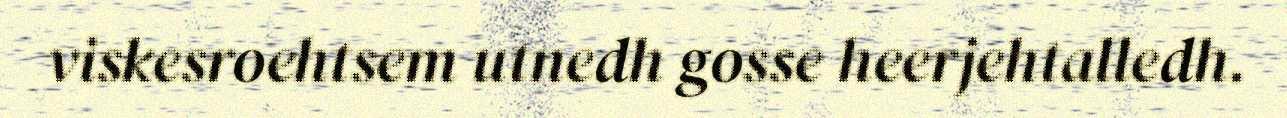
viskesroehtsem utnedh gosse heerjehtalledh.